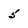
Character: 5